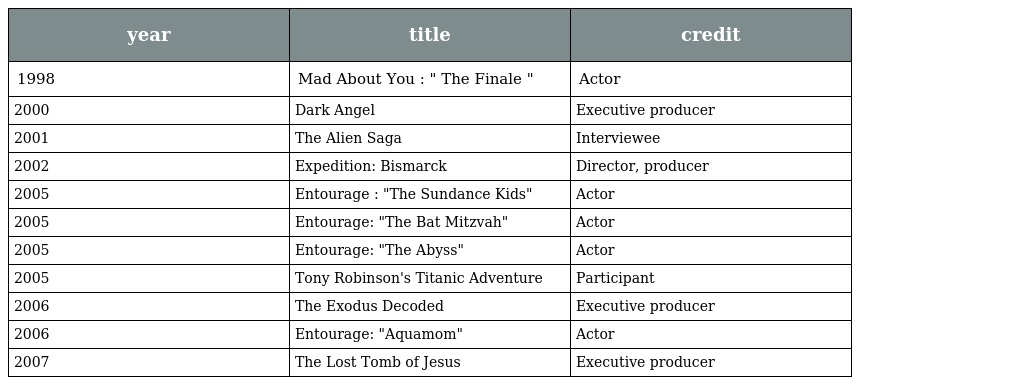
| year | title | credit |
 | --- | --- | --- |
 | 1998 | Mad About You : " The Finale " | Actor |
 | 2000 | Dark Angel | Executive producer |
 | 2001 | The Alien Saga | Interviewee |
 | 2002 | Expedition: Bismarck | Director, producer |
 | 2005 | Entourage : "The Sundance Kids" | Actor |
 | 2005 | Entourage: "The Bat Mitzvah" | Actor |
 | 2005 | Entourage: "The Abyss" | Actor |
 | 2005 | Tony Robinson's Titanic Adventure | Participant |
 | 2006 | The Exodus Decoded | Executive producer |
 | 2006 | Entourage: "Aquamom" | Actor |
 | 2007 | The Lost Tomb of Jesus | Executive producer |